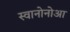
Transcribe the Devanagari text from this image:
स्वानोनोआ